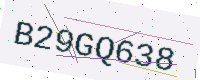
Text: B29GQ638